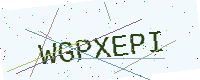
Text: WGPXEPI